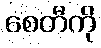
စေတီကို